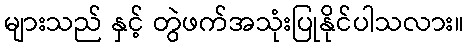
များသည် နှင့် တွဲဖက်အသုံးပြုနိုင်ပါသလား။